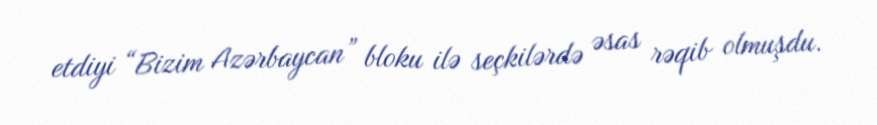
etdiyi “Bizim Azərbaycan” bloku ilə seçkilərdə əsas rəqib olmuşdu.